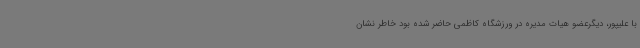
با علیپور، دیگرعضو هیات مدیره در ورزشگاه کاظمی حاضر شده بود خاطر نشان